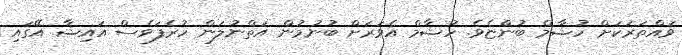
ވައްތަރަކަށް ހުޝާމް ބުންޏެވެ. ހުޝާމް އެވަރަށް ބުނުމުން އަތްނުލަން ހުރެފަވެސް އައިޝާ އޭގައި